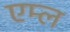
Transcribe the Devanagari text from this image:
एम्ल